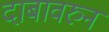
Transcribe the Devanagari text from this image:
दाबावरुन